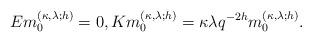
LaTeX: \begin{gather*}Em^{(\kappa,\lambda;h)}_0=0,K m^{(\kappa,\lambda;h)}_0=\kappa\lambda q^{-2h} m^{(\kappa,\lambda;h)}_0.\end{gather*}